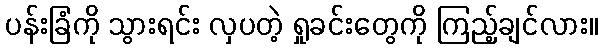
ပန်းခြံကို သွားရင်း လှပတဲ့ ရှုခင်းတွေကို ကြည့်ချင်လား။